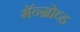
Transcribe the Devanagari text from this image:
मॅन्ग्रोव्ह